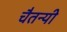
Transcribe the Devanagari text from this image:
चैतन्यी